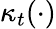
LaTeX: \kappa_{t}(\cdot)